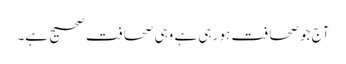
آج جو صحافت ہو رہی ہے وہی صحافت صحیح ہے۔